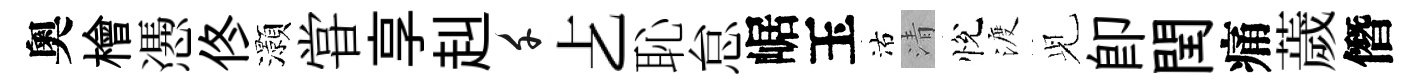
奧檜慿佟灝甞享赳千𠧒恥怠崌玉沽清悅渡𫤗即閏痛薉僭